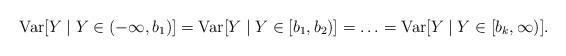
LaTeX: \begin{align*}\textrm{Var}[Y \mid Y \in (-\infty,b_1)]=\textrm{Var}[Y \mid Y \in [b_1,b_2)]=\ldots=\textrm{Var}[Y \mid Y \in [b_k,\infty)].\end{align*}